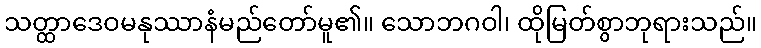
သတ္ထာဒေဝမနုဿာနံမည်တော်မူ၏။ သောဘဂဝါ၊ ထိုမြတ်စွာဘုရားသည်။